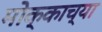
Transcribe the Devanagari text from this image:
मोक्काच्या